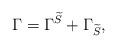
LaTeX: \begin{align*}\Gamma=\Gamma^{\widetilde{S}}+\Gamma_{\widetilde{S}},\end{align*}